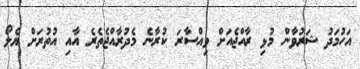
އަހުމަދު ޝަރުވާން މުޅި ރާއްޖެއަށް ވިއްސާރަ ކުރާނެ މެދުރާއްޖެތެރެ އާއި އުތުރަށް ޔެލޯ